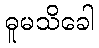
ဓူမသိခေါ